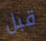
قبل